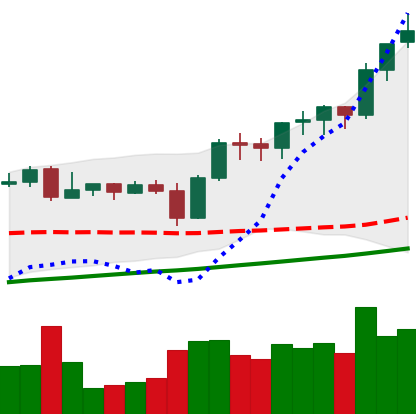
Ticker: BNB-USD
Chart end date: 2021-11-07
Forward return: -3.661%
Label: down_3_5